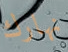
نهارك